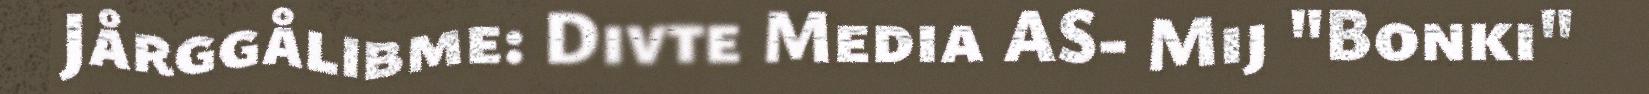
Jårggålibme: Divte Media AS- Mij "Bonki"